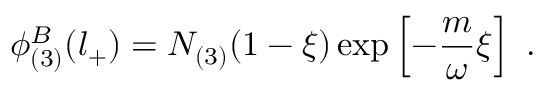
\phi _ { ( 3 ) } ^ { B } ( l _ { + } ) = N _ { ( 3 ) } ( 1 - \xi ) \exp \left[ - \frac { m } { \omega } \xi \right] \ .